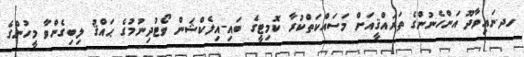
ހދ.ނައިވާދޫ އަންހެނުންގެ ތަރައްޤީއަށް މަސައްކަތްކުރާ ކޮމިޓީގެ ބައި-އިލެކްޝަން ވޯޓުދިނުމުގެ ޙައްޤު ލިބިގެންވާ މީހުންގެ